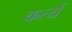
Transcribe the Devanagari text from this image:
कर्त्य